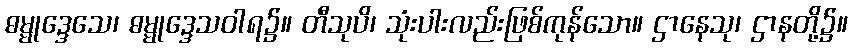
ဓမ္မုဒ္ဒေသေ၊ ဓမ္မုဒ္ဒေသဝါရ၌။ တီသုပိ၊ သုံးပါးလည်းဖြစ်ကုန်သော။ ဌာနေသု၊ ဌာနတို့၌။